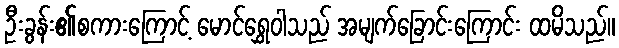
ဦးခွန်း၏စကားကြောင့် မောင်ရွှေဝါသည် အမျက်ခြောင်းကြောင်း ထမိသည်။